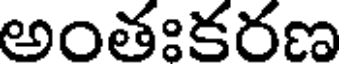
అంతఃకరణ